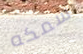
سمكه